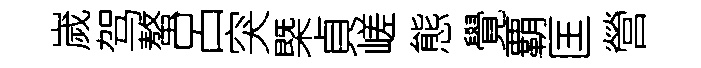
嵗驾螯呂突槩貞嵯態覺覇匡營